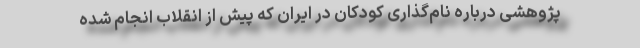
پژوهشی درباره نام‌گذاری کودکان در ایران که پیش از انقلاب انجام شده